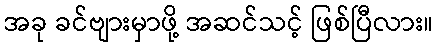
အခု ခင်ဗျားမှာဖို့ အဆင်သင့် ဖြစ်ပြီလား။